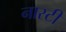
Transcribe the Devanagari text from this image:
नास्टी